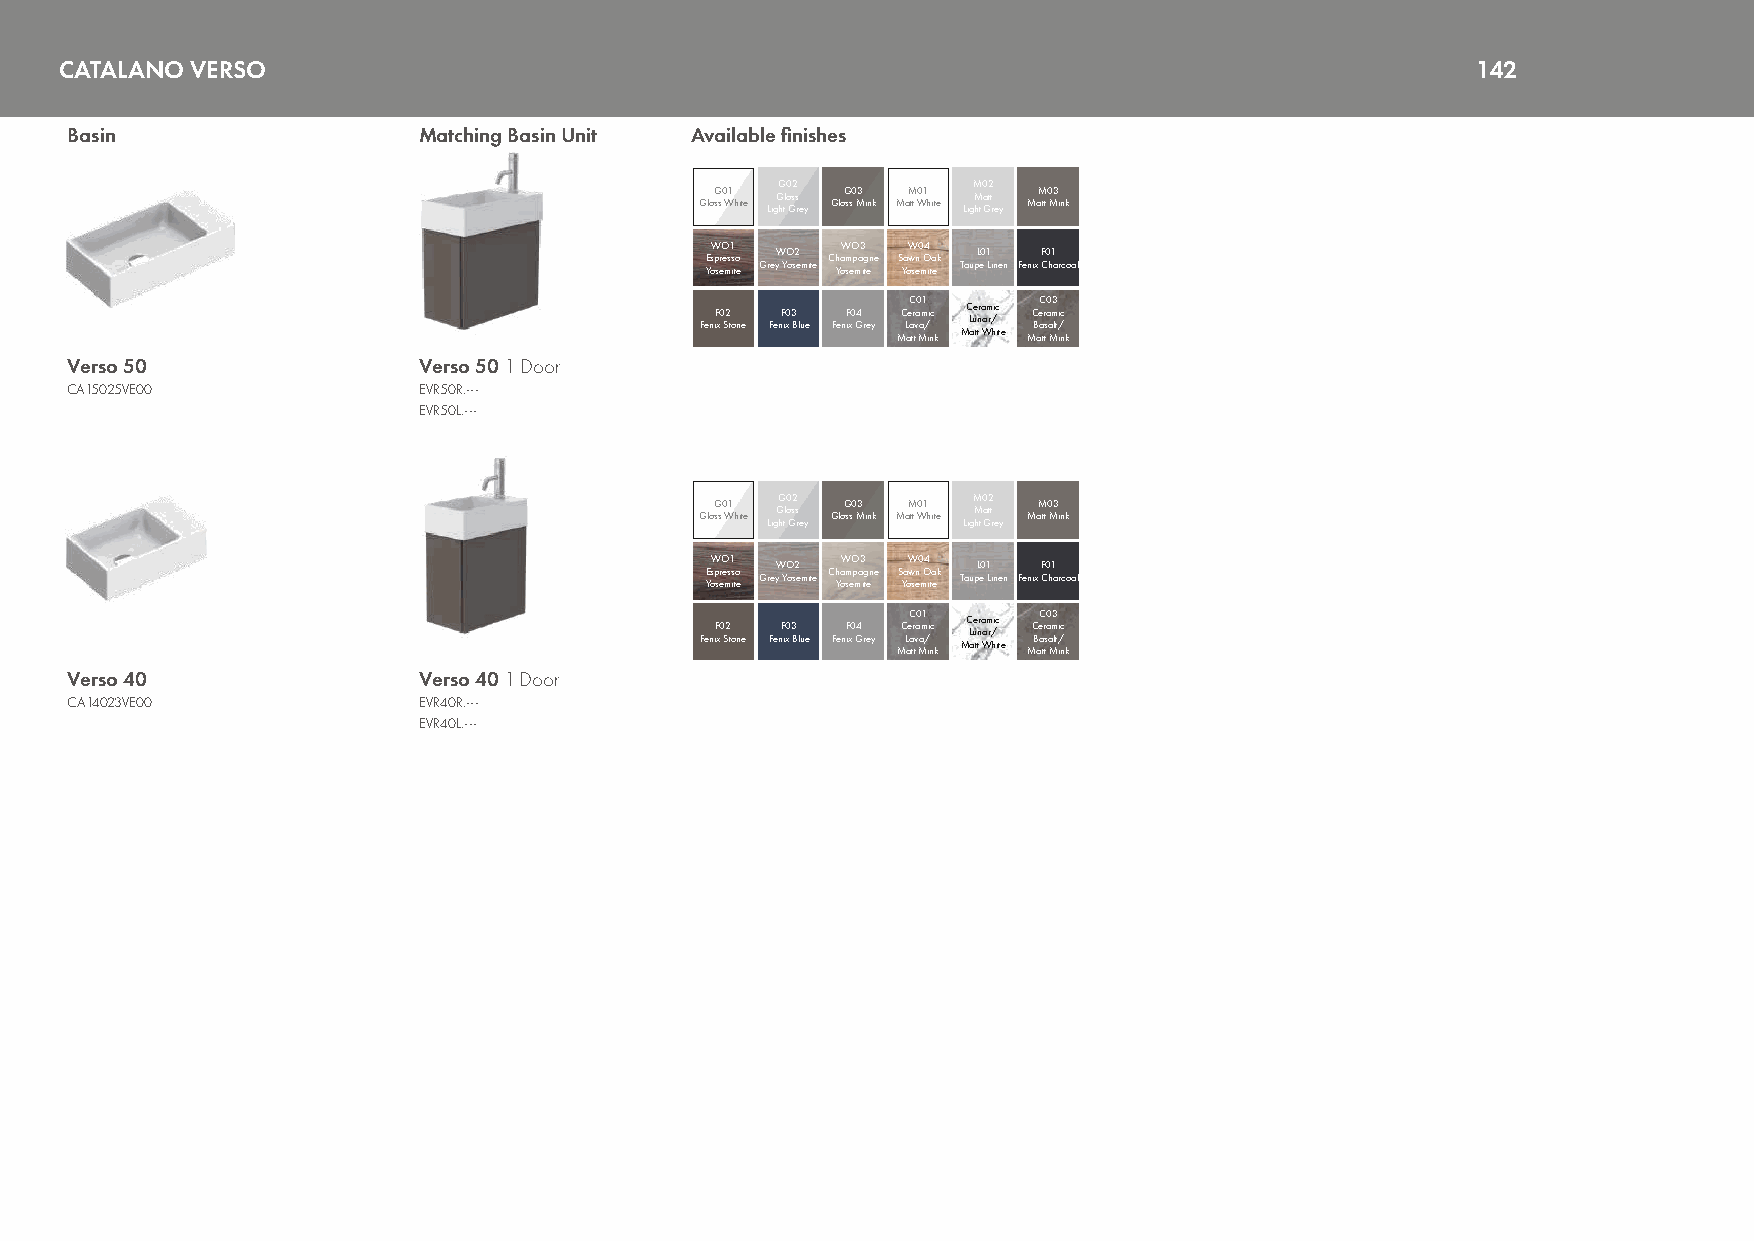
CATALANO VERSO                                                                                142
 Basin                   Matching Basin Unit Available finishes
 GloG ss 0 W1 hite LigGG htl 0 o G2 ss re y GloG ss0 M3 ink MaM tt W01 hite LigM M ht 0 a G2 tt r e y MaM tt 0 M3 ink
 YE osW p serO e ms1 is to e GreyW YO os2 emite Ch Ya oW m seO p ma3 ig tene S Ya owW sen0 m O4 ita ek TaupL e0 1 Linen Fenix F C0 h1 arcoal
 FeniF x0 S2 tone FenF ix0 3 Blue FenF ix0 G4 rey MC L ae aC tr tva0 Ma1 m / ii nc k MC L aue ttnr a Wam r/ hic i t e MC B ae aC tr s t0 a a Mm3 lt/ ii nc k
 Verso 50                Verso 50 1 Door
 CA15025VE00             EVR50R.---
 EVR50L.---
 GloG ss 0 W1 hite LigGG htl 0 o G2 ss re y GloG ss0 M3 ink MaM tt W01 hite LigM M ht 0 a G2 tt r e y MaM tt 0 M3 ink
 YE osW p serO e ms1 is to e GreyW YO os2 emite Ch Ya oW m seO p ma3 ig tene S Ya owW sen0 m O4 ita ek TaupL e0 1 Linen Fenix F C0 h1 arcoal
 FeniF x0 S2 tone FenF ix0 3 Blue FenF ix0 G4 rey MC L ae aC tr tva0 Ma1 m / ii nc k MC L aue ttnr a Wam r/ hic i t e MC B ae aC tr s t0 a a Mm3 lt/ ii nc k
 Verso 40                Verso 40 1 Door
 CA14023VE00             EVR40R.---
 EVR40L.---